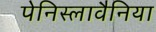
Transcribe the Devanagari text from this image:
पेनिस्लावैनिया